Senior Leaving Certificate Examination (including Day School Certificate (Higher) General paper), 1946
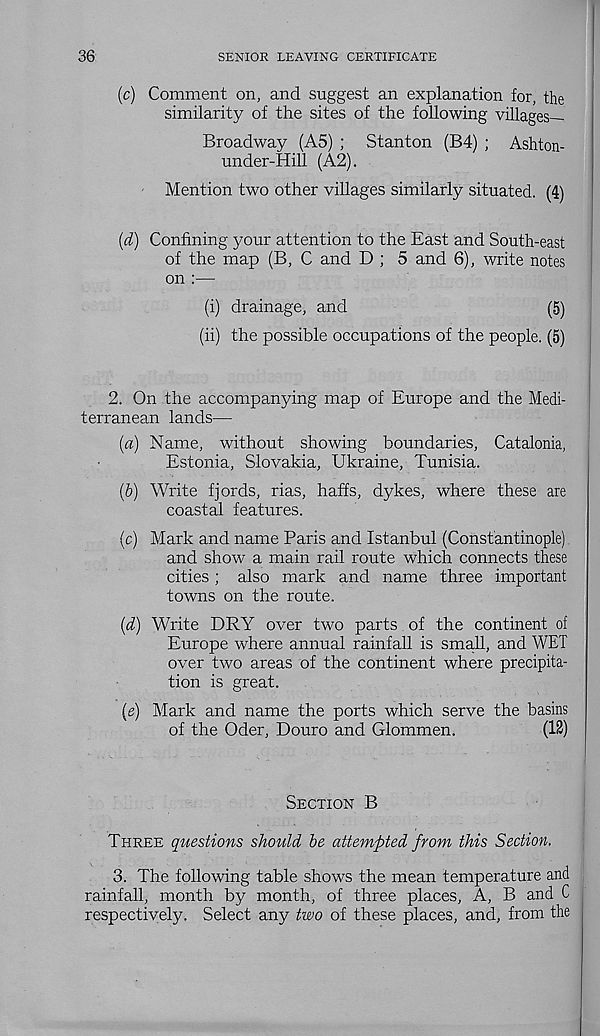
36
SENIOR LEAVING CERTIFICATE
(c) Comment on, and suggest an explanation for, the
similarity of the sites of the following villages—
Broadway (A5) ; Stanton (B4) ; Ashton-
under-Hill (A2).
Mention two other villages similarly situated. (4)
{d) Confining your attention to the East and South-east
of the map (B, C and D ; 5 and 6), write notes
on :—
(i) drainage, and
(5)
(ii) the possible occupations of the people. (5)
2. On the accompanying map of Europe and the Medi-
terranean lands—
(а) Name, without showing boundaries, Catalonia,
Estonia, Slovakia, Ukraine, Tunisia.
(б) Write fjords, rias, haffs, dykes, where these are
coastal features.
(c) Mark and name Paris and Istanbul (Constantinople)
and show a main rail route which connects these
cities ; also mark and name three important
towns on the route.
(d) Write DRY over two parts. of the continent of
Europe where annual rainfall is sma.ll, and WET
over two areas of the continent where precipita-
tion is great.
(e) Mark and name the ports which serve the basins
of the Oder, Douro and Glommen.
(12)
Section B
Three questions should he attempted from this Section.
3. The following table shows the mean temperature and
rainfall, month by month, of three places, A, B and C
respectively. Select any two of these places, and, from the